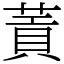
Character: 䔈